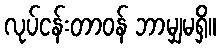
လုပ်ငန်းတာဝန် ဘာမျှမရှိ။